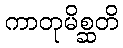
ကာတုမိစ္ဆတိ